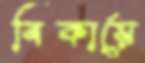
বিকায়ে